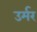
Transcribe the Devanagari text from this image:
उर्मर